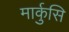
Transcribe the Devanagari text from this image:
मार्कुसि